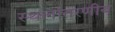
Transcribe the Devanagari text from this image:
स्थलांतरणीय